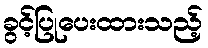
ခွင့်ပြုပေးထားသည့်